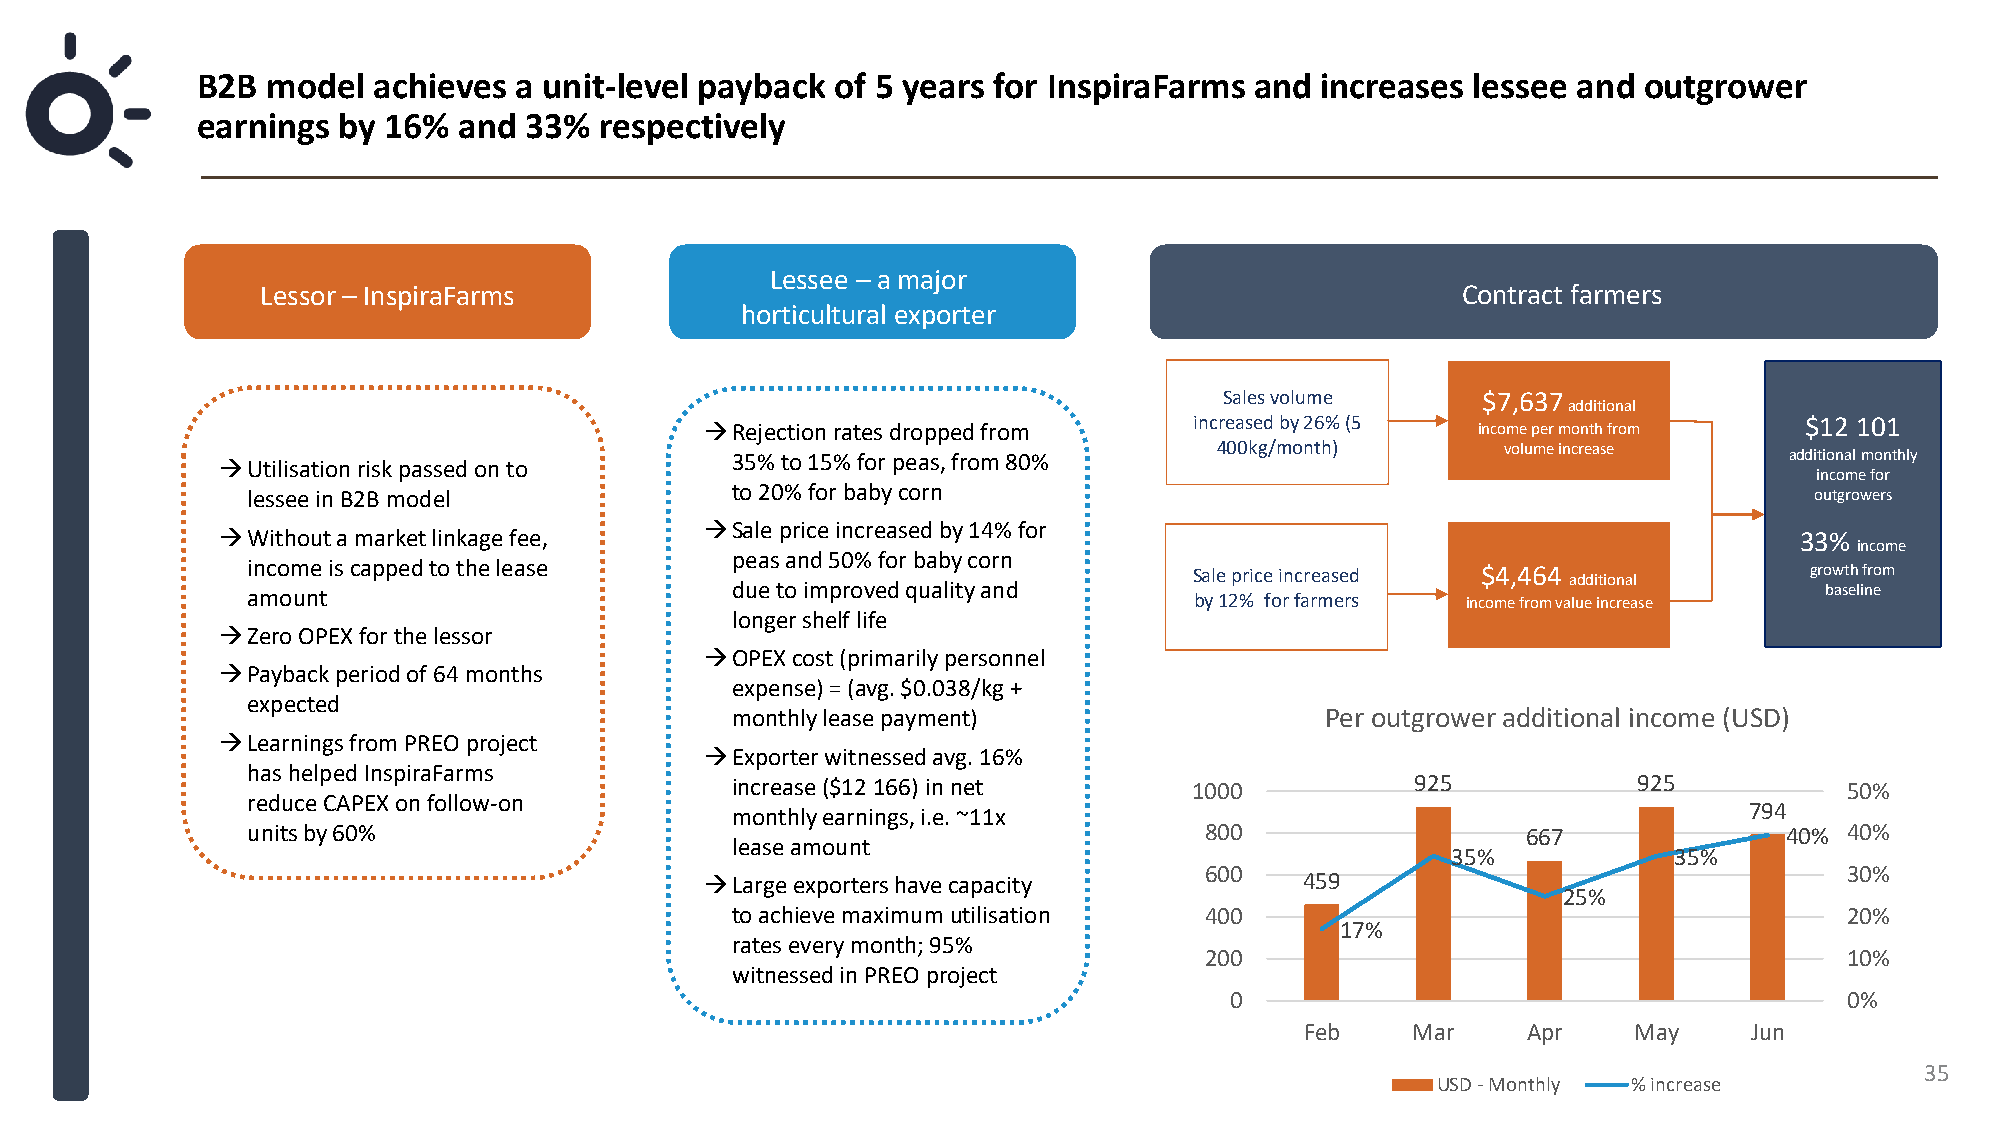
B2B  model  achieves a unit-level payback of 5 years for InspiraFarms and increases lessee and  outgrower
 earnings by 16%  and  33%  respectively
 Lessee – a major
 Lessor – InspiraFarms                                                           Contract farmers
 horticultural exporter
 Sales volume     $7,637
 additional
 →Rejection rates dropped from   increased by 26% (5 income per month from $12 101
 35% to 15% for peas, from 80%    400kg/month)       volume increase   additional monthly
 →Utilisationrisk passed on to
 income for
 lessee in B2B model             to 20% for baby corn                                                    outgrowers
 →Sale price increased by 14% for
 →Without a market linkage fee,                                                                           33%
 income
 peas and 50% for baby corn
 income is capped to the lease                                  Sale price increased $4,464 additional   growth from
 amount                          due to improved quality and    by 12% for farmers income from value increase baseline
 longer shelf life
 →Zero OPEX for the lessor
 →OPEX cost (primarily personnel
 →Payback period of 64 months
 expense) = (avg. $0.038/kg +
 expected
 monthly lease payment)                  Per outgrower additional income (USD)
 →Learnings from PREO project
 →Exporter witnessed avg. 16%
 has helped InspiraFarms
 increase ($12 166) in net      1000           925           925           50%
 reduce CAPEX on follow-on
 794
 monthly earnings, i.e. ~11x
 units by 60%                                                    800                  667              40% 40%
 lease amount
 35%            35%
 600                                       30%
 →Large exporters have capacity         459
 25%
 to achieve maximum utilisation  400                                       20%
 17%
 rates every month; 95%
 200                                       10%
 witnessed in PREO project
 0                                        0%
 Feb    Mar     Apr    May     Jun
 35
 USD - Monthly % increase